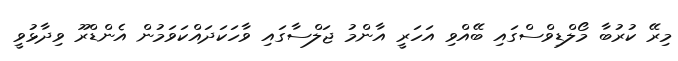
މިރޭ ކުރުބާ މޯލްޑިވްސްގައި ބޭއްވި އަހަރީ އާންމު ޖަލްސާގައި ވާހަކަދައްކަވަމުން އެންޑްރޫ ވިދާޅުވީ